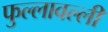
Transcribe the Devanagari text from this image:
फुल्लावल्ली